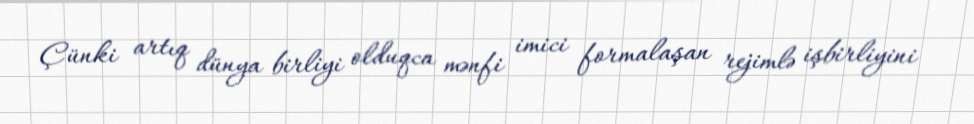
Çünki artıq dünya birliyi olduqca mənfi imici formalaşan rejimlə işbirliyini